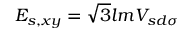
E _ { s , x y } = { \sqrt { 3 } } l m V _ { s d \sigma }